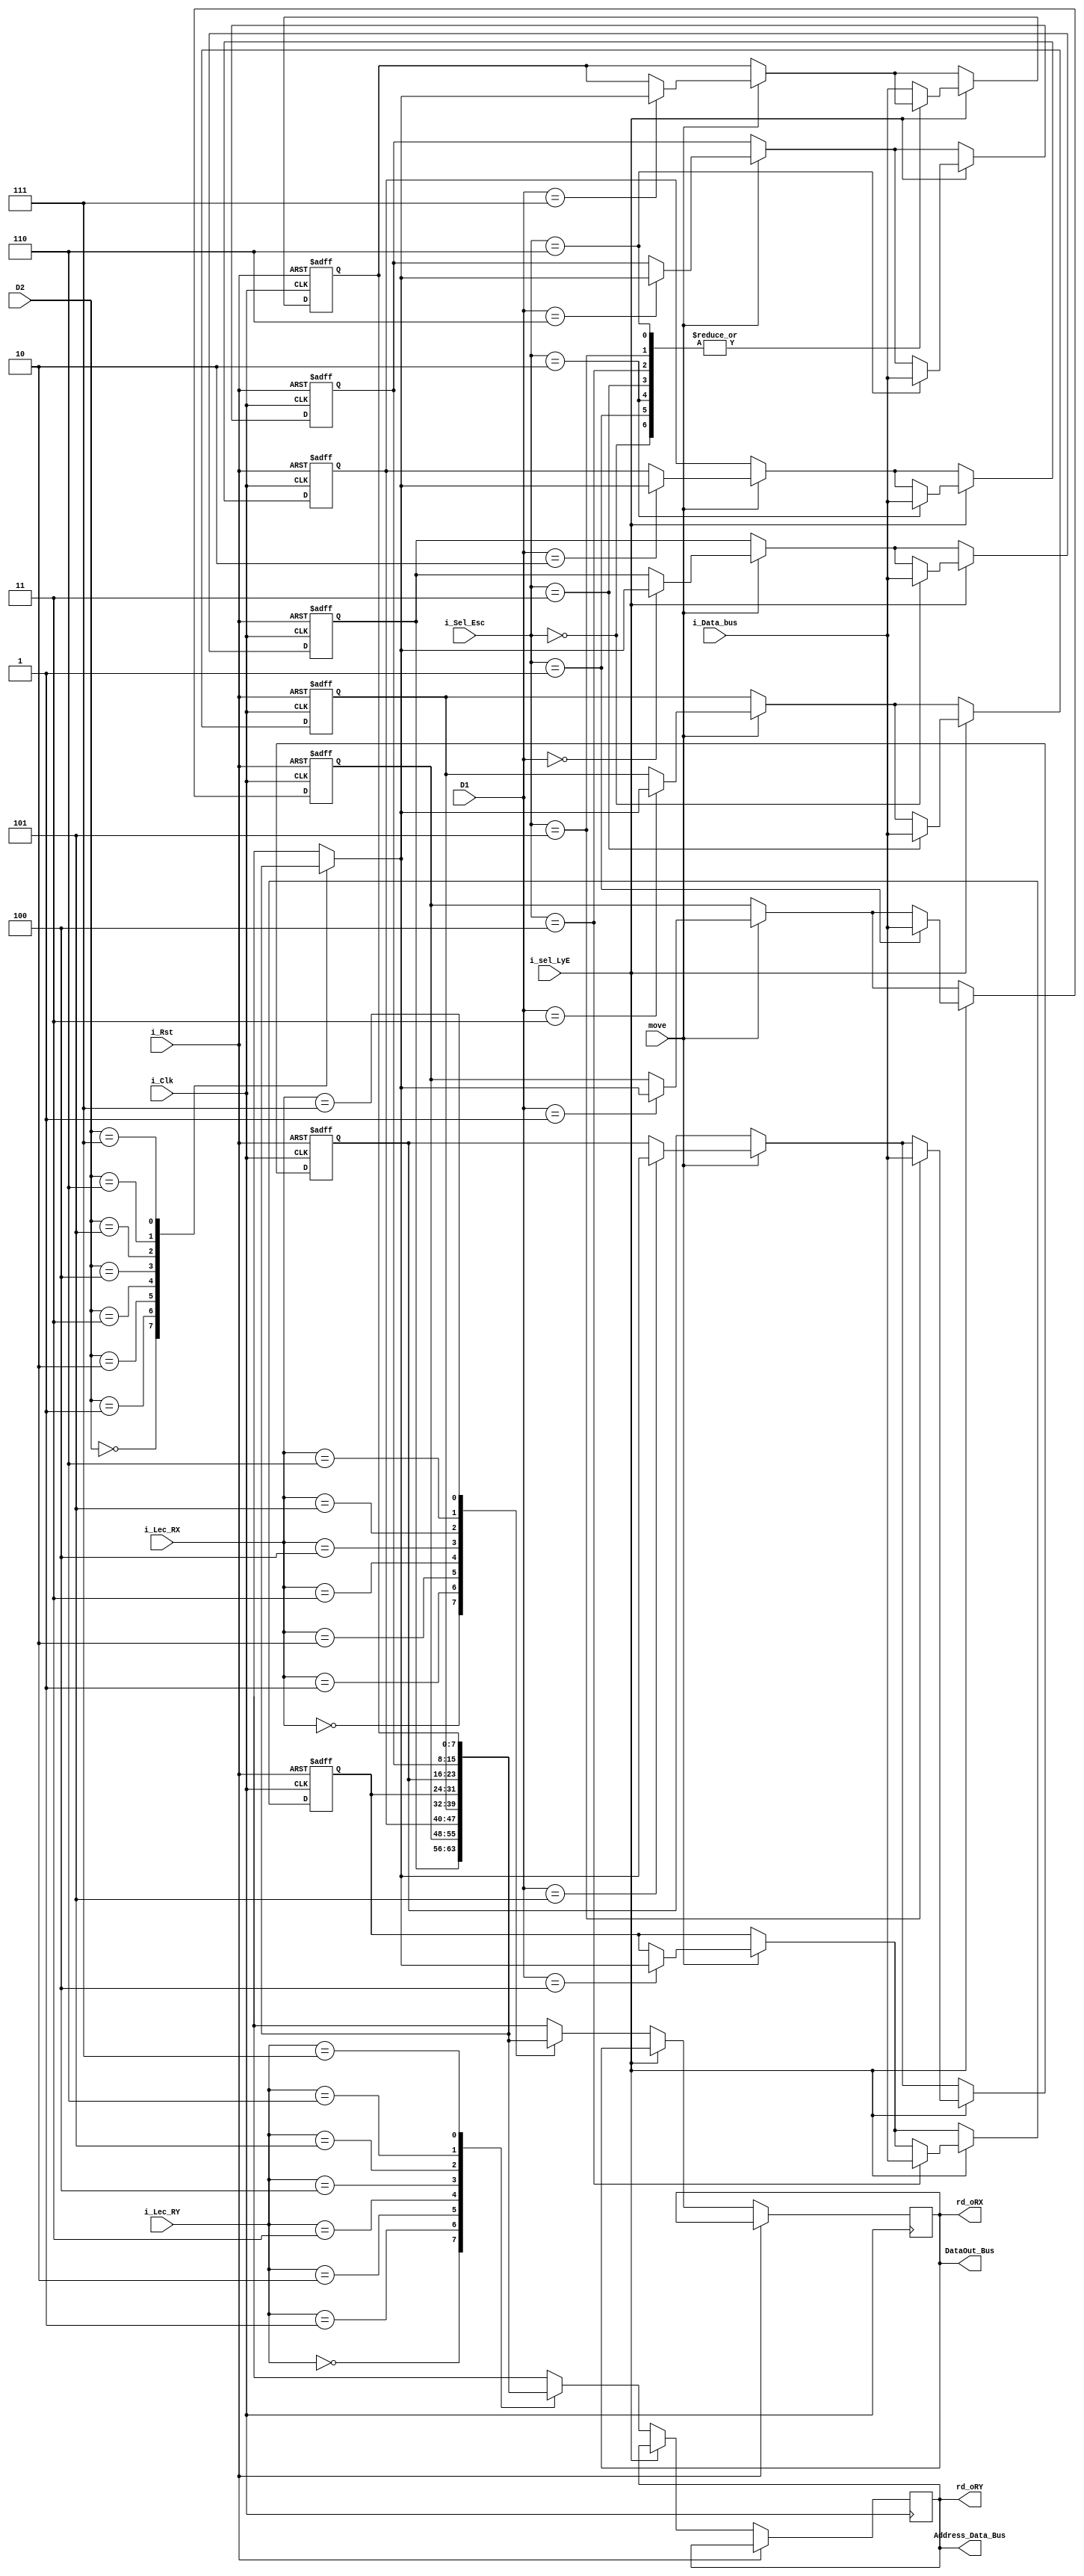
module RD(
    input i_Clk,
    input i_Rst,
    input [7:0] i_Data_bus,
    input move,
    input [2:0] D1,
    input [2:0] D2,
    input i_sel_LyE,
    input [2:0] i_Lec_RX,
    input [2:0] i_Lec_RY,
    input [2:0] i_Sel_Esc,
    output [7:0] rd_oRX,
    output [7:0] rd_oRY,
    output [7:0] DataOut_Bus,
    output [7:0] Address_Data_Bus);
    
    reg [7:0] RX;
    reg [7:0] RY;
    reg [7:0] R[7:0];

    always@(posedge i_Rst, posedge i_Clk)
    begin
        if (i_Rst) begin
            R[0]<=0;
            R[1]<=0;
            R[2]<=0;
            R[3]<=0;
            R[4]<=0;
            R[5]<=0;
            R[6]<=0;
            R[7]<=0;
        end
        else begin
        if(move) begin
        R[D1] <= R[D2];
        end
        else begin
        end
            case (i_sel_LyE)
                //Lectura
                1'b0: begin
                    case (i_Lec_RX)
                        3'b000: RX<=R[0];
                        3'b001: RX<=R[1];
                        3'b010: RX<=R[2];
                        3'b011: RX<=R[3];
                        3'b100: RX<=R[4];
                        3'b101: RX<=R[5];
                        3'b110: RX<=R[6];
                        3'b111: RX<=R[7];
                        default: RX<=8'b00000000;
                    endcase
                    
                    case (i_Lec_RY)
                        3'b000: RY<=R[0];
                        3'b001: RY<=R[1];
                        3'b010: RY<=R[2];
                        3'b011: RY<=R[3];
                        3'b100: RY<=R[4];
                        3'b101: RY<=R[5];
                        3'b110: RY<=R[6];
                        3'b111: RY<=R[7];
                        default: RY<=8'b00000000;
                    endcase
                end
                
                //Escritura
                1'b1: begin
                    case (i_Sel_Esc)
                        3'b000: R[0]<=i_Data_bus;
                        3'b001: R[1]<=i_Data_bus;
                        3'b010: R[2]<=i_Data_bus;
                        3'b011: R[3]<=i_Data_bus;
                        3'b100: R[4]<=i_Data_bus;
                        3'b101: R[5]<=i_Data_bus;
                        3'b110: R[6]<=i_Data_bus;
                        default: R[7]<=i_Data_bus;
                    endcase
                end
            endcase
        end
    end
    assign rd_oRX = RX;
    assign rd_oRY = RY;    
    assign DataOut_Bus = RX;
    assign Address_Data_Bus = RY;
endmodule